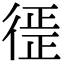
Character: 徰